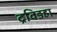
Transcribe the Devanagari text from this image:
द्रविडहा